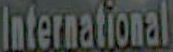
International